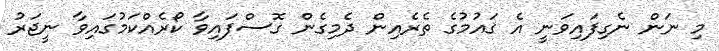
މި ނަން ނެގިފައިވަނީ އެ ޤައުމުގެ ތެރެއިން ދެމިގެން ގޮސްފައިވާ ކޯރެއްކަމުގައިވާ ނީޖަރު